Report on the nature of kala-azar
Disease focus: Kala-Azar
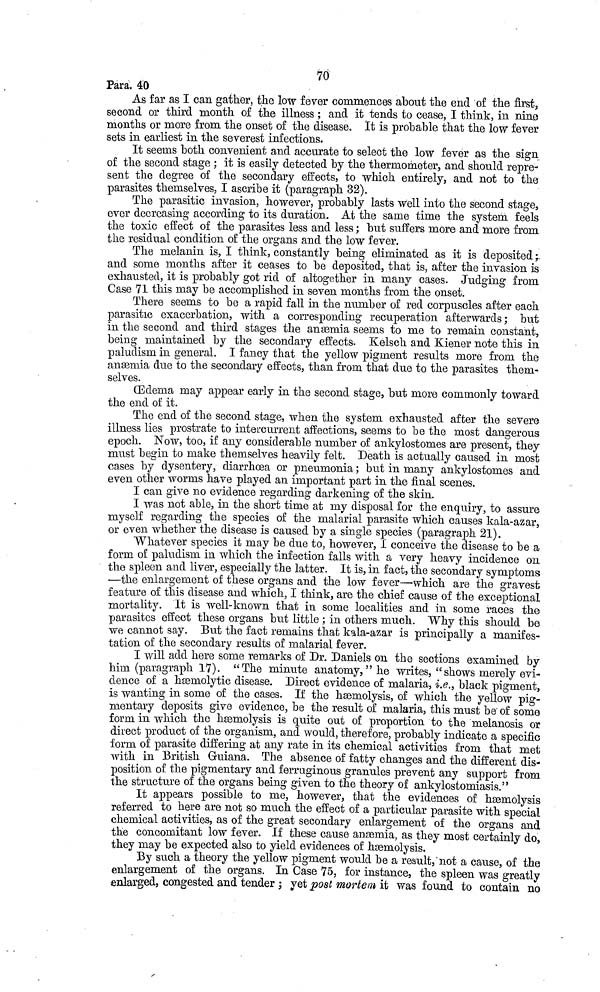
70
Para. 40
As far as I can gather, the low fever commences about the end of the first,
second or third month of the illness ; and it tends to cease, I think, in nine
months or more from the onset of the disease. It is probable that the low fever
sets in earliest in the severest infections.
It seems both convenient and accurate to select the low fever as the sign
of the second stage ; it is easily detected by the thermometer, and should repre-
sent the degree of the secondary effects, to which entirely, and not to the
parasites themselves, I ascribe it (paragraph 32).
The parasitic invasion, however, probably lasts well into the second stage,
ever decreasing according to its duration. At the same time the system feels
the toxic effect of the parasites less and less ; but suffers more and more from
the residual condition of the organs and the low fever.
The melanin is, I think, constantly being eliminated as it is deposited ;
and some months after it ceases to be deposited, that is, after the invasion is
exhausted, it is probably got rid of altogether in many cases. Judging from
Case 71 this may be accomplished in seven months from the onset.
There seems to be a rapid fall in the number of red corpuscles after each
parasitic exacerbation, with a corresponding recuperation afterwards; but
in the second and third stages the anæmia seems to me to remain constant,
being maintained by the secondary effects. Kelsch and Kiener note this in
paludism in general. I fancy that the yellow pigment results more from the
anæmia due to the secondary effects, than from that due to the parasites them-
selves.
Edema may appear early in the second stage, but more commonly toward
the end of it.
The end of the second stage, when the system exhausted after the severe
illness lies prostrate to intercurrent affections, seems to be the most dangerous
epoch. Now, too, if any considerable number of ankylostomes are present, they
must begin to make themselves heavily felt. Death is actually caused in most
cases by dysentery, diarrhœa or pneumonia ; but in many ankylostomes and
even other worms have played an important part in the final scenes.
I can give no evidence regarding darkening of the skin.
I was not able, in the short time at my disposal for the enquiry, to assure
myself regarding the species of the malarial parasite which causes kala-azar,
or even whether the disease is caused by a single species (paragraph 21).
Whatever species it may be due to, however, I conceive the disease to be a
form of paludism in which the infection falls with a very heavy incidence on
the spleen and liver, especially the latter. It is, in fact, the secondary symptoms
—the enlargement of these organs and the low fever—which are the gravest
feature of this disease and which, I think, are the chief cause of the exceptional
mortality. It is well-known that in some localities and in some races the
parasites effect these organs but little ; in others much. Why this should be
we cannot say. But the fact remains that kala-azar is principally a manifes-
tation of the secondary results of malarial fever.
I will add here some remarks of Dr. Daniels on the sections examined by
him (paragraph 17). "The minute anatomy," he writes, "shows merely evi-
dence of a hæmolytic disease. Direct evidence of malaria, i.e., black pigment,
is wanting in some of the cases. If the hæmolysis, of which the yellow pig-
mentary deposits give evidence, be the result of malaria, this must be of some
form in which the hæmolysis is quite out of proportion to the melanosis or
direct product of the organism, and would, therefore, probably indicate a specific
form of parasite differing at any rate in its chemical activities from that met
with in British Guiana. The absence of fatty changes and the different dis-
position of the pigmentary and ferruginous granules prevent any support from
the structure of the organs being given to the theory of ankylostomiasis."
It appears possible to me, however, that the evidences of hæmolysis
referred to here are not so much the effect of a particular parasite with special
chemical activities, as of the great secondary enlargement of the organs and
the concomitant low fever. If these cause anæmia, as they most certainly do,
they may be expected also to yield evidences of hæmolysis.
By such a theory the yellow pigment would be a result, not a cause, of the
enlargement of the organs. In Case 75, for instance, the spleen was greatly
enlarged, congested and tender ; yet post mortem it was found to contain no